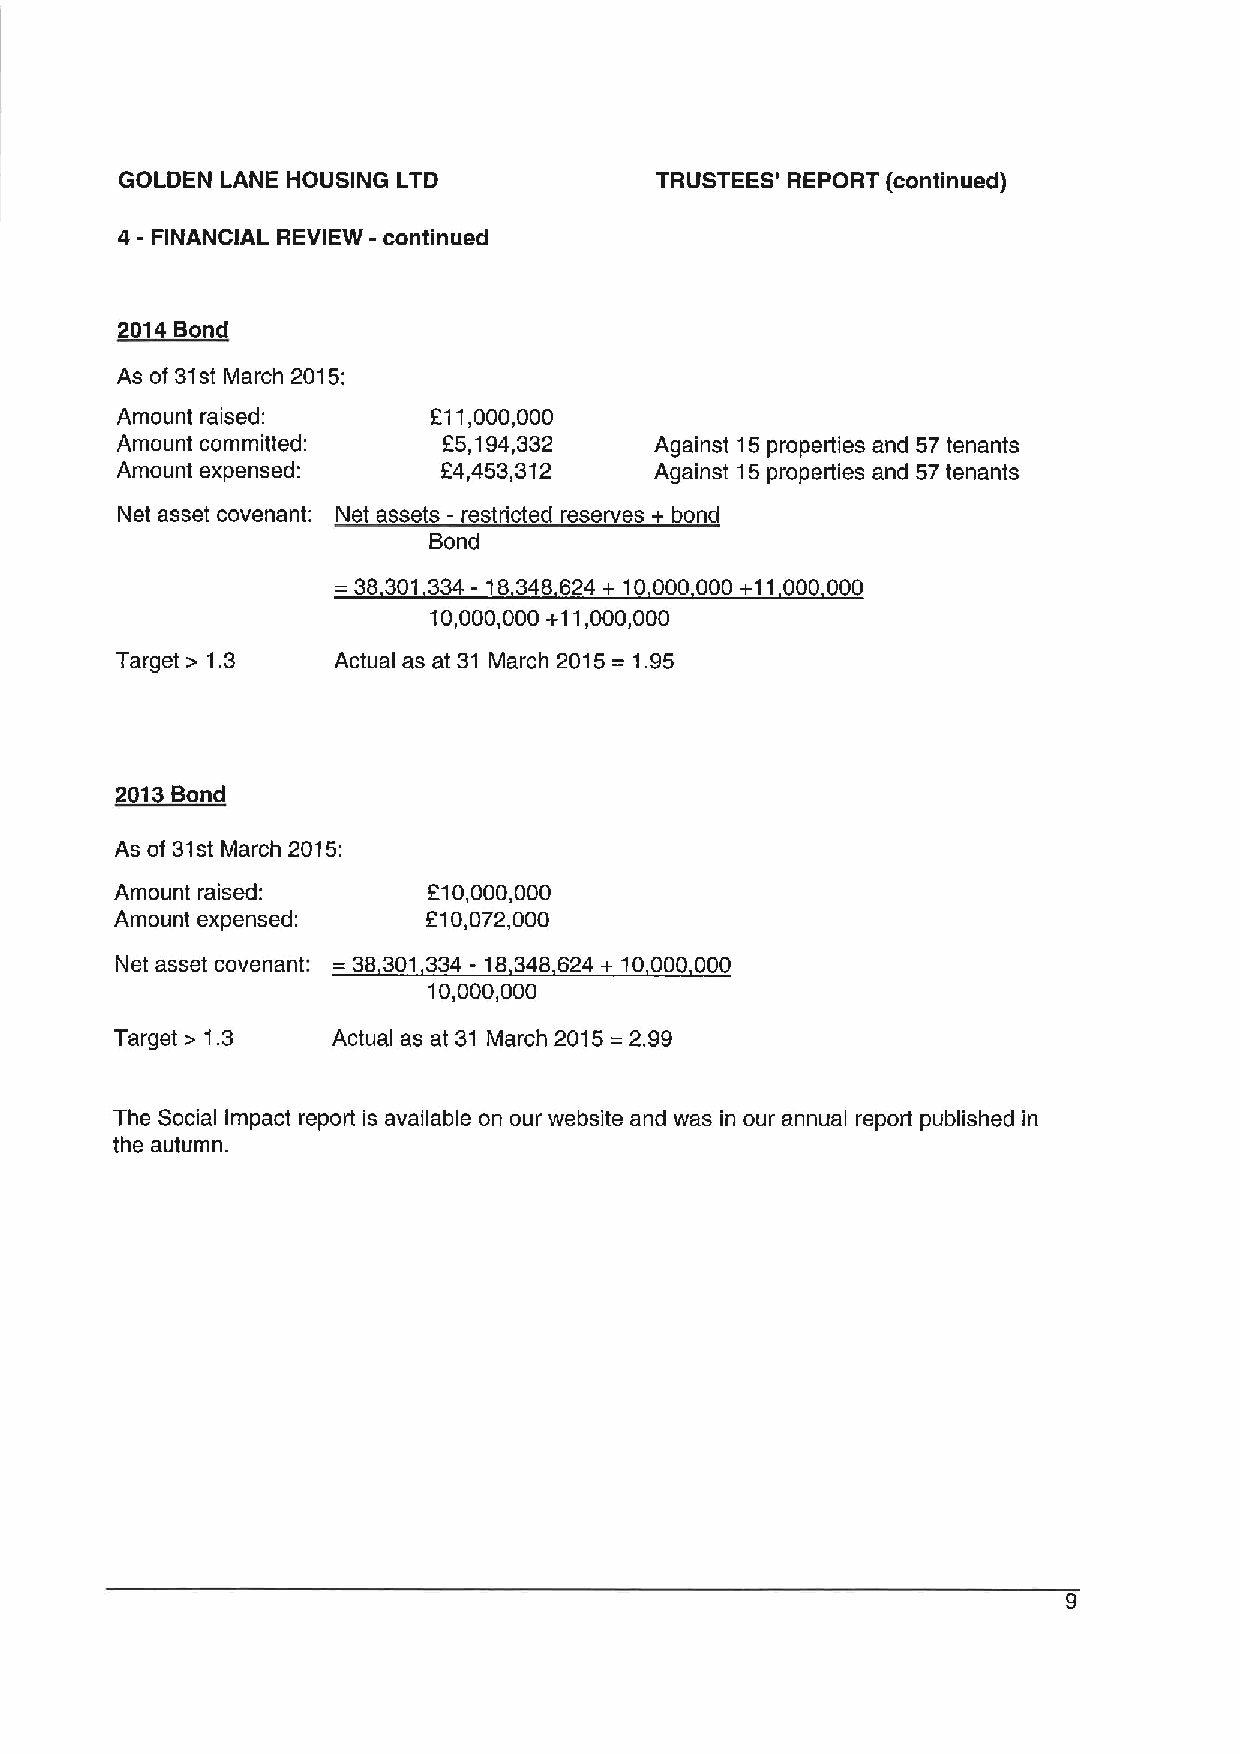
GOLDEN LANE HOUSING LTD            TRUSTEES' REPORT (continued)
 4- FINANCIAL REVIEW - continued
 2014 Bond
 As of 31st March 2015:
 Amount raised:       211,000,000
 Amount committed:    E5,194,332    Against 15properties and 57 tenants
 Amount expensed:     84,453,312    Against 15properties and 57tenants
 Net asset covenant: Net assets - restricted reserves + bond
 Bond
 =38301 334- 8 348 624 + 10000 000 +11000 000
 I
 10,000,000 +11,000,000
 Target & 1.3  Actual as at 31 March 2015= 1.95
 2013Bond
 As of 31st March 2015:
 Amount raised:      810,000,000
 Amount expensed:    810,072,000
 Net asset covenant: =38301 334 - 18348 624 + 10000 000
 10,000,000
 Target & 1.3  Actual as at 31 March 2015=2.99
 The Social Impact report is available on our website and was in our annual report published in
 the autumn.